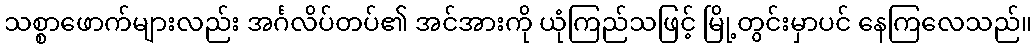
သစ္စာဖောက်များလည်း အင်္ဂလိပ်တပ်၏ အင်အားကို ယုံကြည်သဖြင့် မြို့တွင်းမှာပင် နေကြလေသည်။